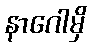
နာဂေါမှိ